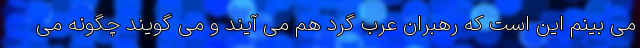
می بینم این است که رهبران عرب گرد هم می آیند و می گویند چگونه می